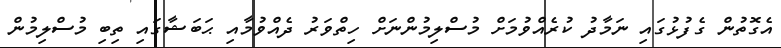
އެގޮތުން ގެފުޅުގައި ނަމާދު ކުރެއްވުމަށް މުސްލިމުންނަށް ހިތްވަރު ދެއްވުމާއި ޙަބަޝާގައި ތިބި މުސްލިމުން